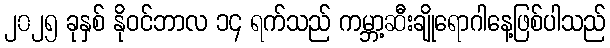
၂၀၂၅ ခုနှစ် နိုဝင်ဘာလ ၁၄ ရက်သည် ကမ္ဘာ့ဆီးချိုရောဂါနေ့ဖြစ်ပါသည်